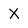
Character: X